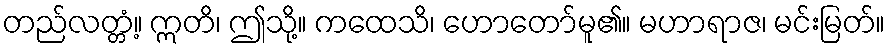
တည်လတ္တံ့။ ဣတိ၊ ဤသို့။ ကထေသိ၊ ဟောတော်မူ၏။ မဟာရာဇ၊ မင်းမြတ်။